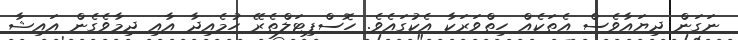
ނަގަން ދިޔައާވެސް އެތަކެއް ހިތްވަރަކާ އެކުގައެވެ. ހޮސްޕިޓަލްތެރޭ ހުމެއިދާ އާއި ދިމާވެގެން އައިޝާ